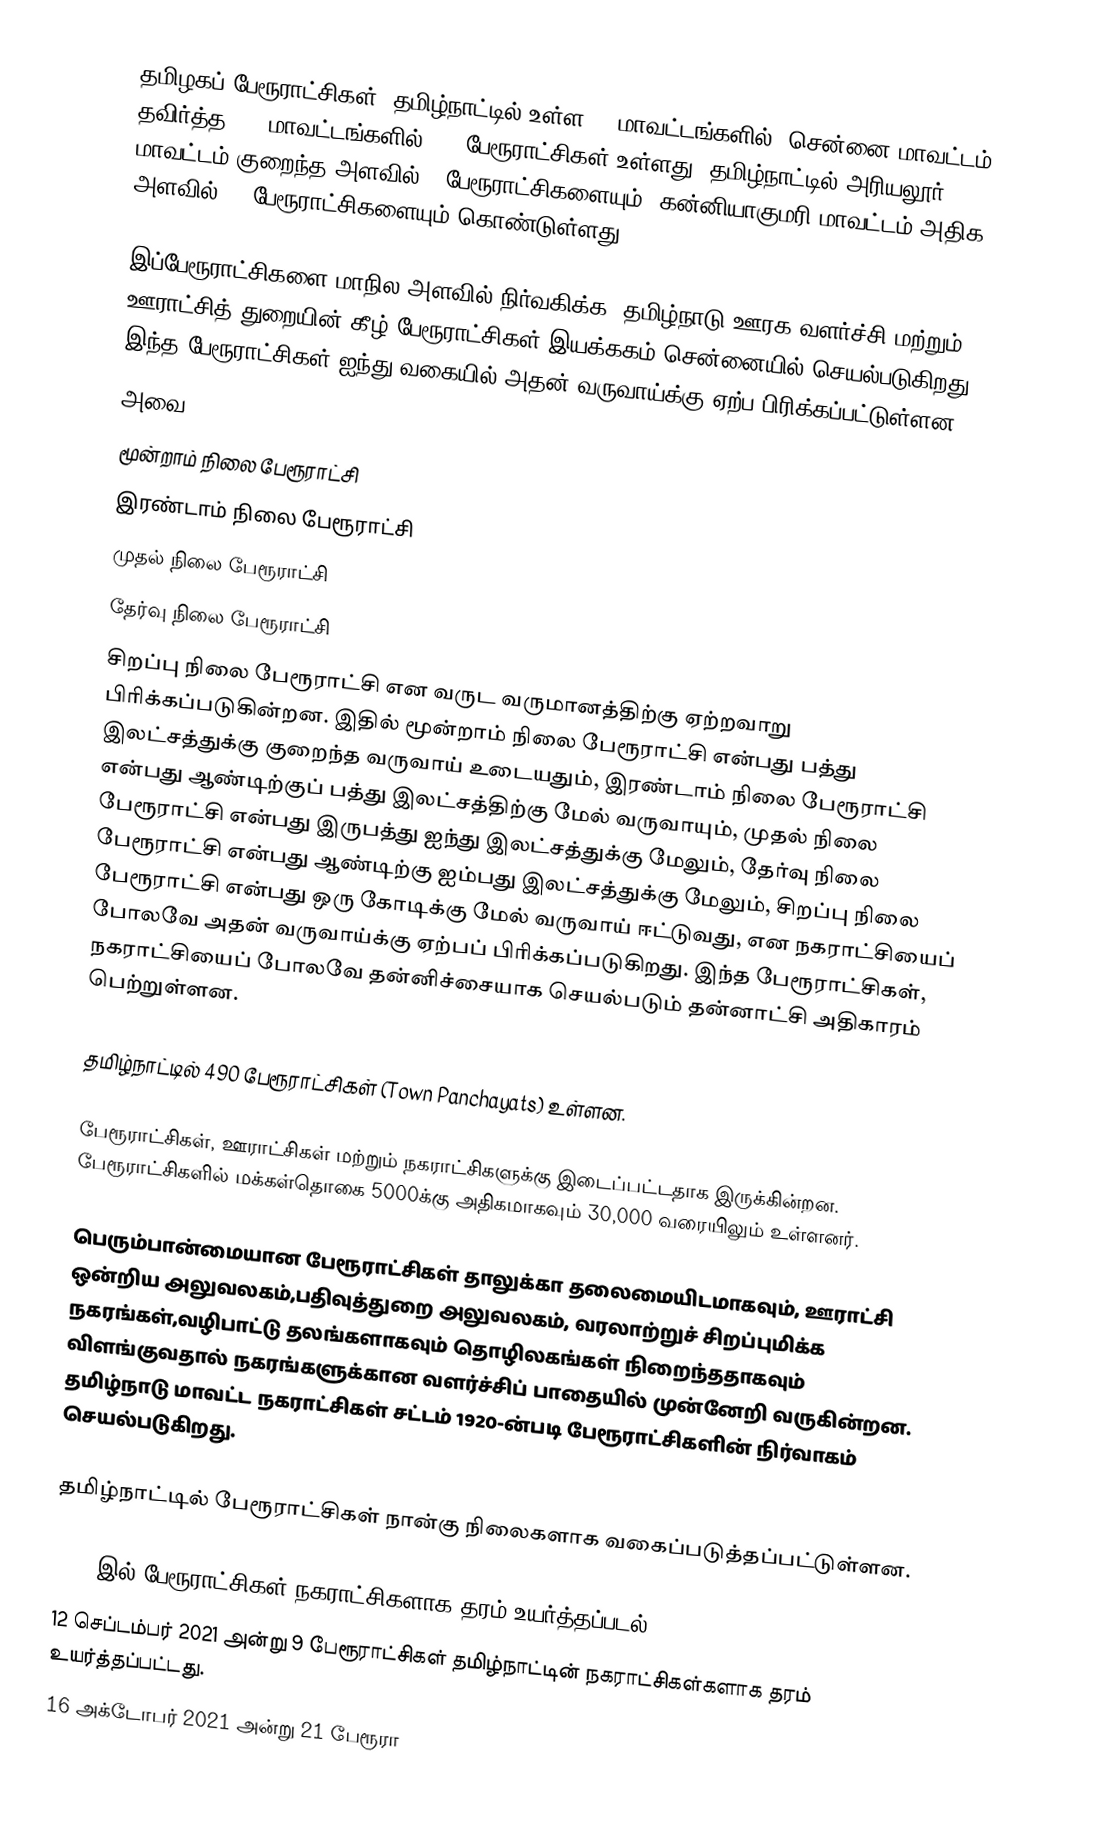
தமிழகப் பேரூராட்சிகள், தமிழ்நாட்டில் உள்ள 38 மாவட்டங்களில், சென்னை மாவட்டம் தவிர்த்த, 37 மாவட்டங்களில் 488 பேரூராட்சிகள் உள்ளது. தமிழ்நாட்டில் அரியலூர் மாவட்டம் குறைந்த அளவில் 2 பேரூராட்சிகளையும், கன்னியாகுமரி மாவட்டம் அதிக அளவில் 51 பேரூராட்சிகளையும் கொண்டுள்ளது.

இப்பேரூராட்சிகளை  மாநில அளவில் நிர்வகிக்க, தமிழ்நாடு ஊரக வளர்ச்சி மற்றும் ஊராட்சித் துறையின் கீழ்  பேரூராட்சிகள் இயக்ககம் சென்னையில் செயல்படுகிறது. இந்த பேரூராட்சிகள் ஐந்து வகையில் அதன் வருவாய்க்கு ஏற்ப பிரிக்கப்பட்டுள்ளன.
அவை :-
 மூன்றாம் நிலை பேரூராட்சி
 இரண்டாம் நிலை பேரூராட்சி
 முதல் நிலை பேரூராட்சி
 தேர்வு நிலை பேரூராட்சி
 சிறப்பு நிலை பேரூராட்சி என வருட வருமானத்திற்கு ஏற்றவாறு பிரிக்கப்படுகின்றன. இதில் மூன்றாம் நிலை பேரூராட்சி என்பது பத்து இலட்சத்துக்கு குறைந்த வருவாய் உடையதும், இரண்டாம் நிலை பேரூராட்சி என்பது ஆண்டிற்குப் பத்து இலட்சத்திற்கு மேல் வருவாயும், முதல் நிலை பேரூராட்சி என்பது இருபத்து ஐந்து இலட்சத்துக்கு மேலும், தேர்வு நிலை பேரூராட்சி என்பது ஆண்டிற்கு ஐம்பது இலட்சத்துக்கு மேலும், சிறப்பு நிலை பேரூராட்சி என்பது ஒரு கோடிக்கு மேல் வருவாய் ஈட்டுவது, என நகராட்சியைப் போலவே அதன் வருவாய்க்கு ஏற்பப் பிரிக்கப்படுகிறது. இந்த பேரூராட்சிகள், நகராட்சியைப் போலவே தன்னிச்சையாக செயல்படும் தன்னாட்சி அதிகாரம் பெற்றுள்ளன.

தமிழ்நாட்டில் 490 பேரூராட்சிகள் (Town Panchayats) உள்ளன.

பேரூராட்சிகள், ஊராட்சிகள் மற்றும் நகராட்சிகளுக்கு இடைப்பட்டதாக இருக்கின்றன. பேரூராட்சிகளில் மக்கள்தொகை 5000க்கு அதிகமாகவும் 30,000 வரையிலும் உள்ளனர்.

பெரும்பான்மையான பேரூராட்சிகள் தாலுக்கா தலைமையிடமாகவும், ஊராட்சி ஒன்றிய அலுவலகம்,பதிவுத்துறை அலுவலகம், வரலாற்றுச் சிறப்புமிக்க நகரங்கள்,வழிபாட்டு தலங்களாகவும் தொழிலகங்கள் நிறைந்ததாகவும் விளங்குவதால் நகரங்களுக்கான வளர்ச்சிப் பாதையில் முன்னேறி வருகின்றன. தமிழ்நாடு மாவட்ட நகராட்சிகள் சட்டம் 1920-ன்படி பேரூராட்சிகளின் நிர்வாகம் செயல்படுகிறது.

தமிழ்நாட்டில் பேரூராட்சிகள் நான்கு நிலைகளாக வகைப்படுத்தப்பட்டுள்ளன.

2021-இல் பேரூராட்சிகள் நகராட்சிகளாக தரம் உயர்த்தப்படல்
 12 செப்டம்பர் 2021 அன்று 9 பேரூராட்சிகள் தமிழ்நாட்டின் நகராட்சிகள்களாக தரம் உயர்த்தப்பட்டது.
 16 அக்டோபர் 2021 அன்று  21 பேரூரா